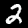
Label: 2